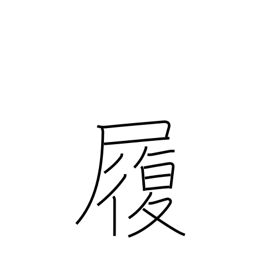
Meaning: boots